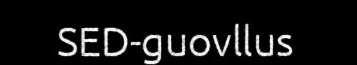
SED-guovllus